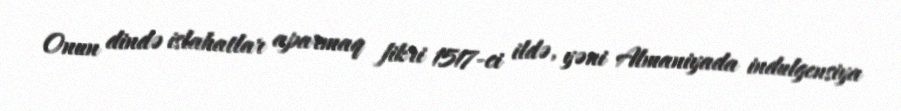
Onun dində islahatlar aparmaq fikri 1517-ci ildə, yəni Almaniyada indulgensiya